38_143685_box_Incident_Summaries_173-233
Agency: Department of War
Page 59
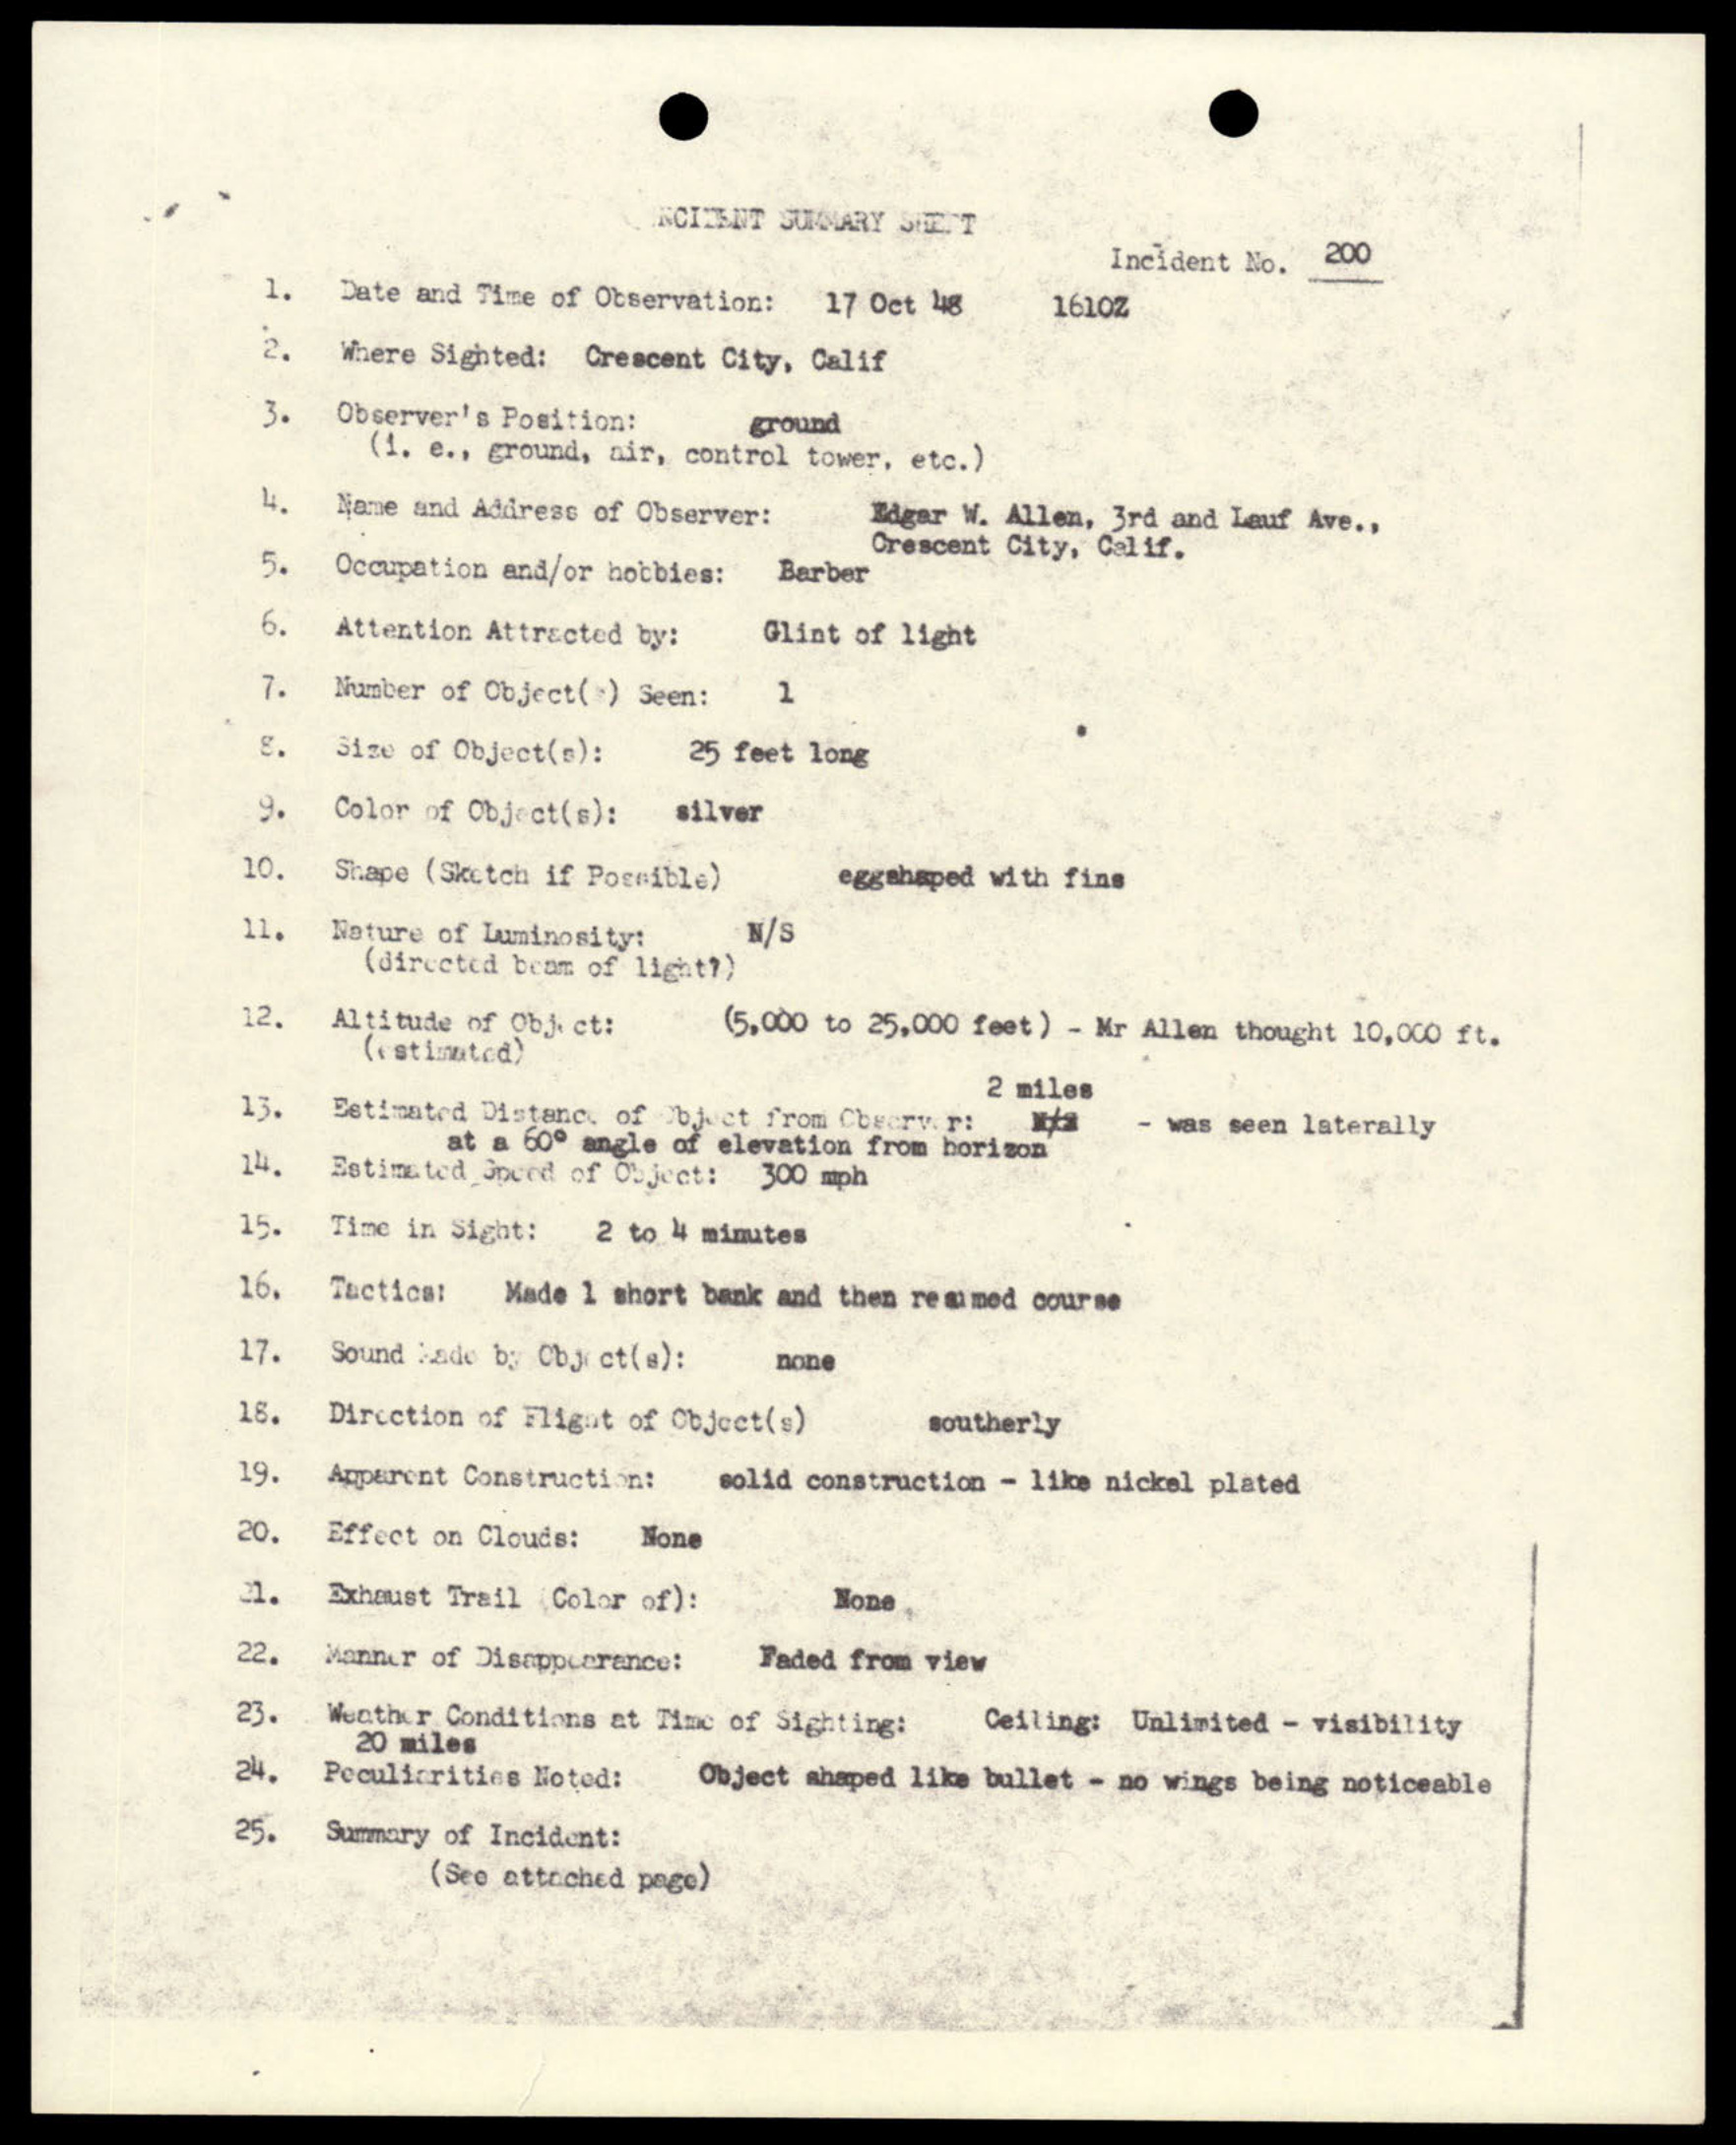